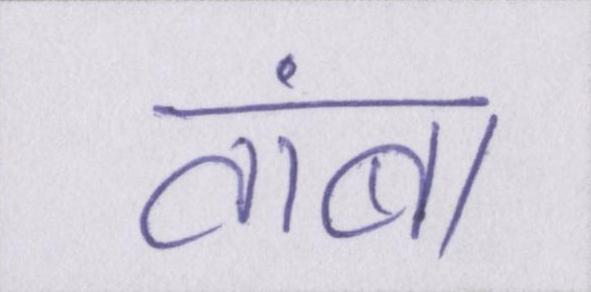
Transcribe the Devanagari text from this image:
तांबा